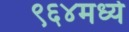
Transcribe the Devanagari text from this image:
९६४मध्ये